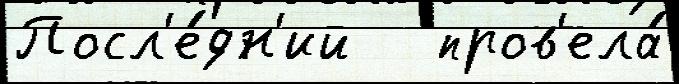
Посл'е́дн'ий   пров'ела́